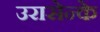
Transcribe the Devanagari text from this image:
उरासेन्के